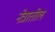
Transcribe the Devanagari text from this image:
नेत्रातील